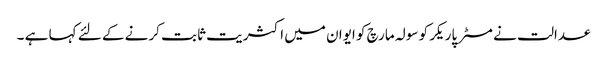
عدالت نے مسٹر پاریکر کو سولہ مارچ کو ایوان میں اکثریت ثابت کرنے کے لئے کہا ہے ۔